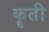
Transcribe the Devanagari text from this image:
कॄती